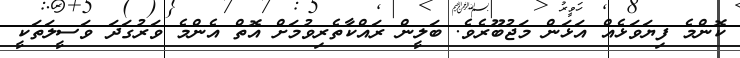
ކޮންމެ ފިޔަވަޅެއް އަޅަން މަޖުބޫރެވެ. ބަލީން ރައްކާތެރިވުމަށް އޮތް އެންމެ ވަރުގަދަ ވަސީލަތަކީ